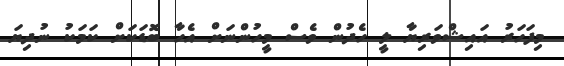
މިފަހަރު އައިޝްވަރިޔާ ލީ ހެދުން ވެސް މީހުންނަށް އެހާ ބޮޑަކަށް ކަމަކު ނުދިޔަ